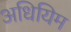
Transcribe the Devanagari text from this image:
अधियिम